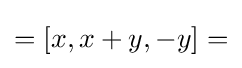
=[x,x+y,-y]=